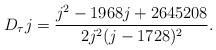
LaTeX: \begin{align*} D_\tau j = \frac{j^2-1968j+2645208}{2j^2(j-1728)^2}.\end{align*}